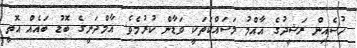
ހުސެއިން ރަޝީދުގެ އާއްމު މަސައްކަތަކީ ވަޑާން ކުރުމެވެ. އާމްދަނީގެ ބޮޑު ބައެއް އޮތީ